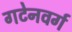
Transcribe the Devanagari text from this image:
गटेनवर्ग